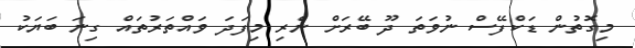
މިގޮތުން ޑަކްފޭސް ނުވަތަ ދޫ ބޭރަށް ނެރި މިފަދަ ވައްތަރުތައް ގިނަ ބަޔަކު